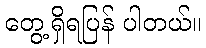
တွေ့ရှိရပြန် ပါတယ်။